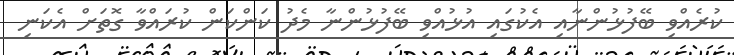
ކުރެއްވި ބޭފުޅުންނާއި އެކުގައި އުޅުއްވި ބޭފުޅުންނާ މެދު ކަންކަން ކުރައްވާ ގޮތަށް އެކަނި